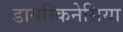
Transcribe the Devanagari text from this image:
डायस्किनेसिया